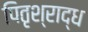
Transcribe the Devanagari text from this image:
पितृश्राद्ध